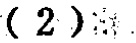
-2